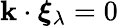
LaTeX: \mathbf{k}\cdot\boldsymbol{\xi}_{\lambda}=0